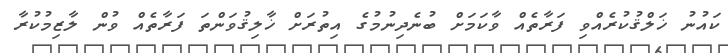
ކައުނު ޚަލްޤުކުރެއްވި ފަރާތެއް ވާކަމަށް ބުނެދިނުމުގެ އިތުރަށް ޚާލިޤުވަންތަ ފަރާތެއް ވުން ލާޒިމުކުރާ